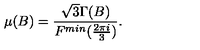
\mu ( B ) = \frac { \sqrt { 3 } \Gamma ( B ) } { F ^ { m i n } ( \frac { 2 \pi i } { 3 } ) } .